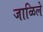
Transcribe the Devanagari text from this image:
जाळिले